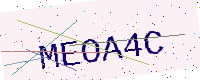
Text: MEOA4C